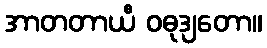
အာတတာယီ ဝဓုဒျတော။